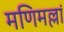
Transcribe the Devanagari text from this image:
मणिमल्लां